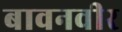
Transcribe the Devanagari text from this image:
बावनवीर